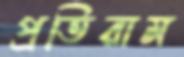
প্রতিরাম